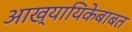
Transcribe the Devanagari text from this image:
आख्यायिकेबाबत